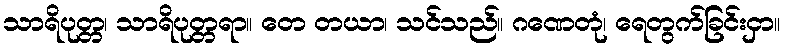
သာရိပုတ္တ၊ သာရိပုတ္တရာ။ တေ တယာ၊ သင်သည်။ ဂဏေတုံ၊ ရေတွက်ခြင်းငှာ။